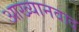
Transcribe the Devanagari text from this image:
आख्यानवाद